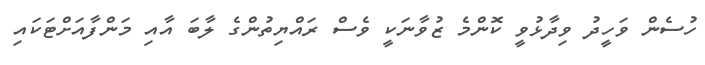
ހުސެން ވަހީދު ވިދާޅުވީ ކޮންމެ ޒުވާނަކީ ވެސް ރައްޔިތުންގެ ލާބަ އާއި މަންފާއަށްޓަކައި